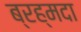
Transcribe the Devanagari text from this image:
ब्रह्मदा